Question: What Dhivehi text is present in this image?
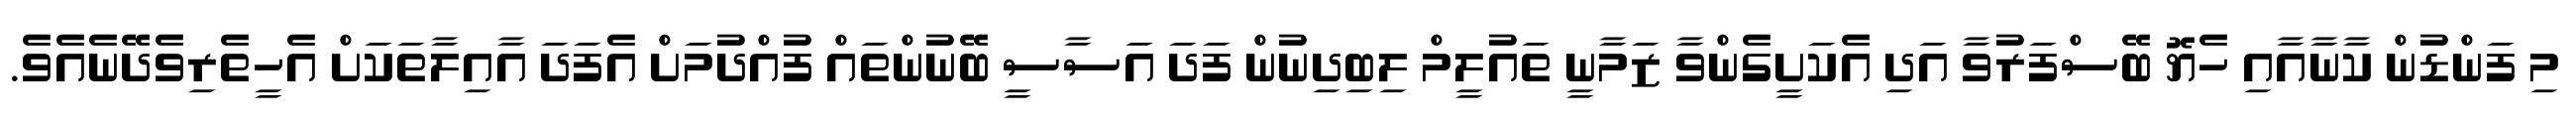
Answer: މި ފަންޑުން ކާނާއާއި ހެޔޮ ބޭސްފަރުވާ އަދި އެކަށީގެންވާ ޒަމާނީ ތައުލީމް ލިބިދިނުން ފަދަ އަސާސީ ބޭނުންތައް ފުއްދުމަށް އެފަދަ އާއިލާތަކަށް އެހީތެރިވެދޭނެއެވެ.